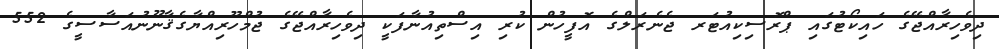
ދިވެހިރާއްޖޭގެ ހައިކޯޓުގައި ޕްރޮސިކިއުޓަރ ޖެނެރަލްގެ އޮފީހުން ކުރި އިސްތިއުނާފަކީ ދިވެހިރާއްޖޭގެ ޖުމްހޫރިއްޔާގެޤާނޫނުއަސާސީގެ 552